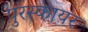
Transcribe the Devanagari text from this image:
पुरस्कायर